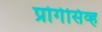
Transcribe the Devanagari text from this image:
प्रोगेसिव्ह